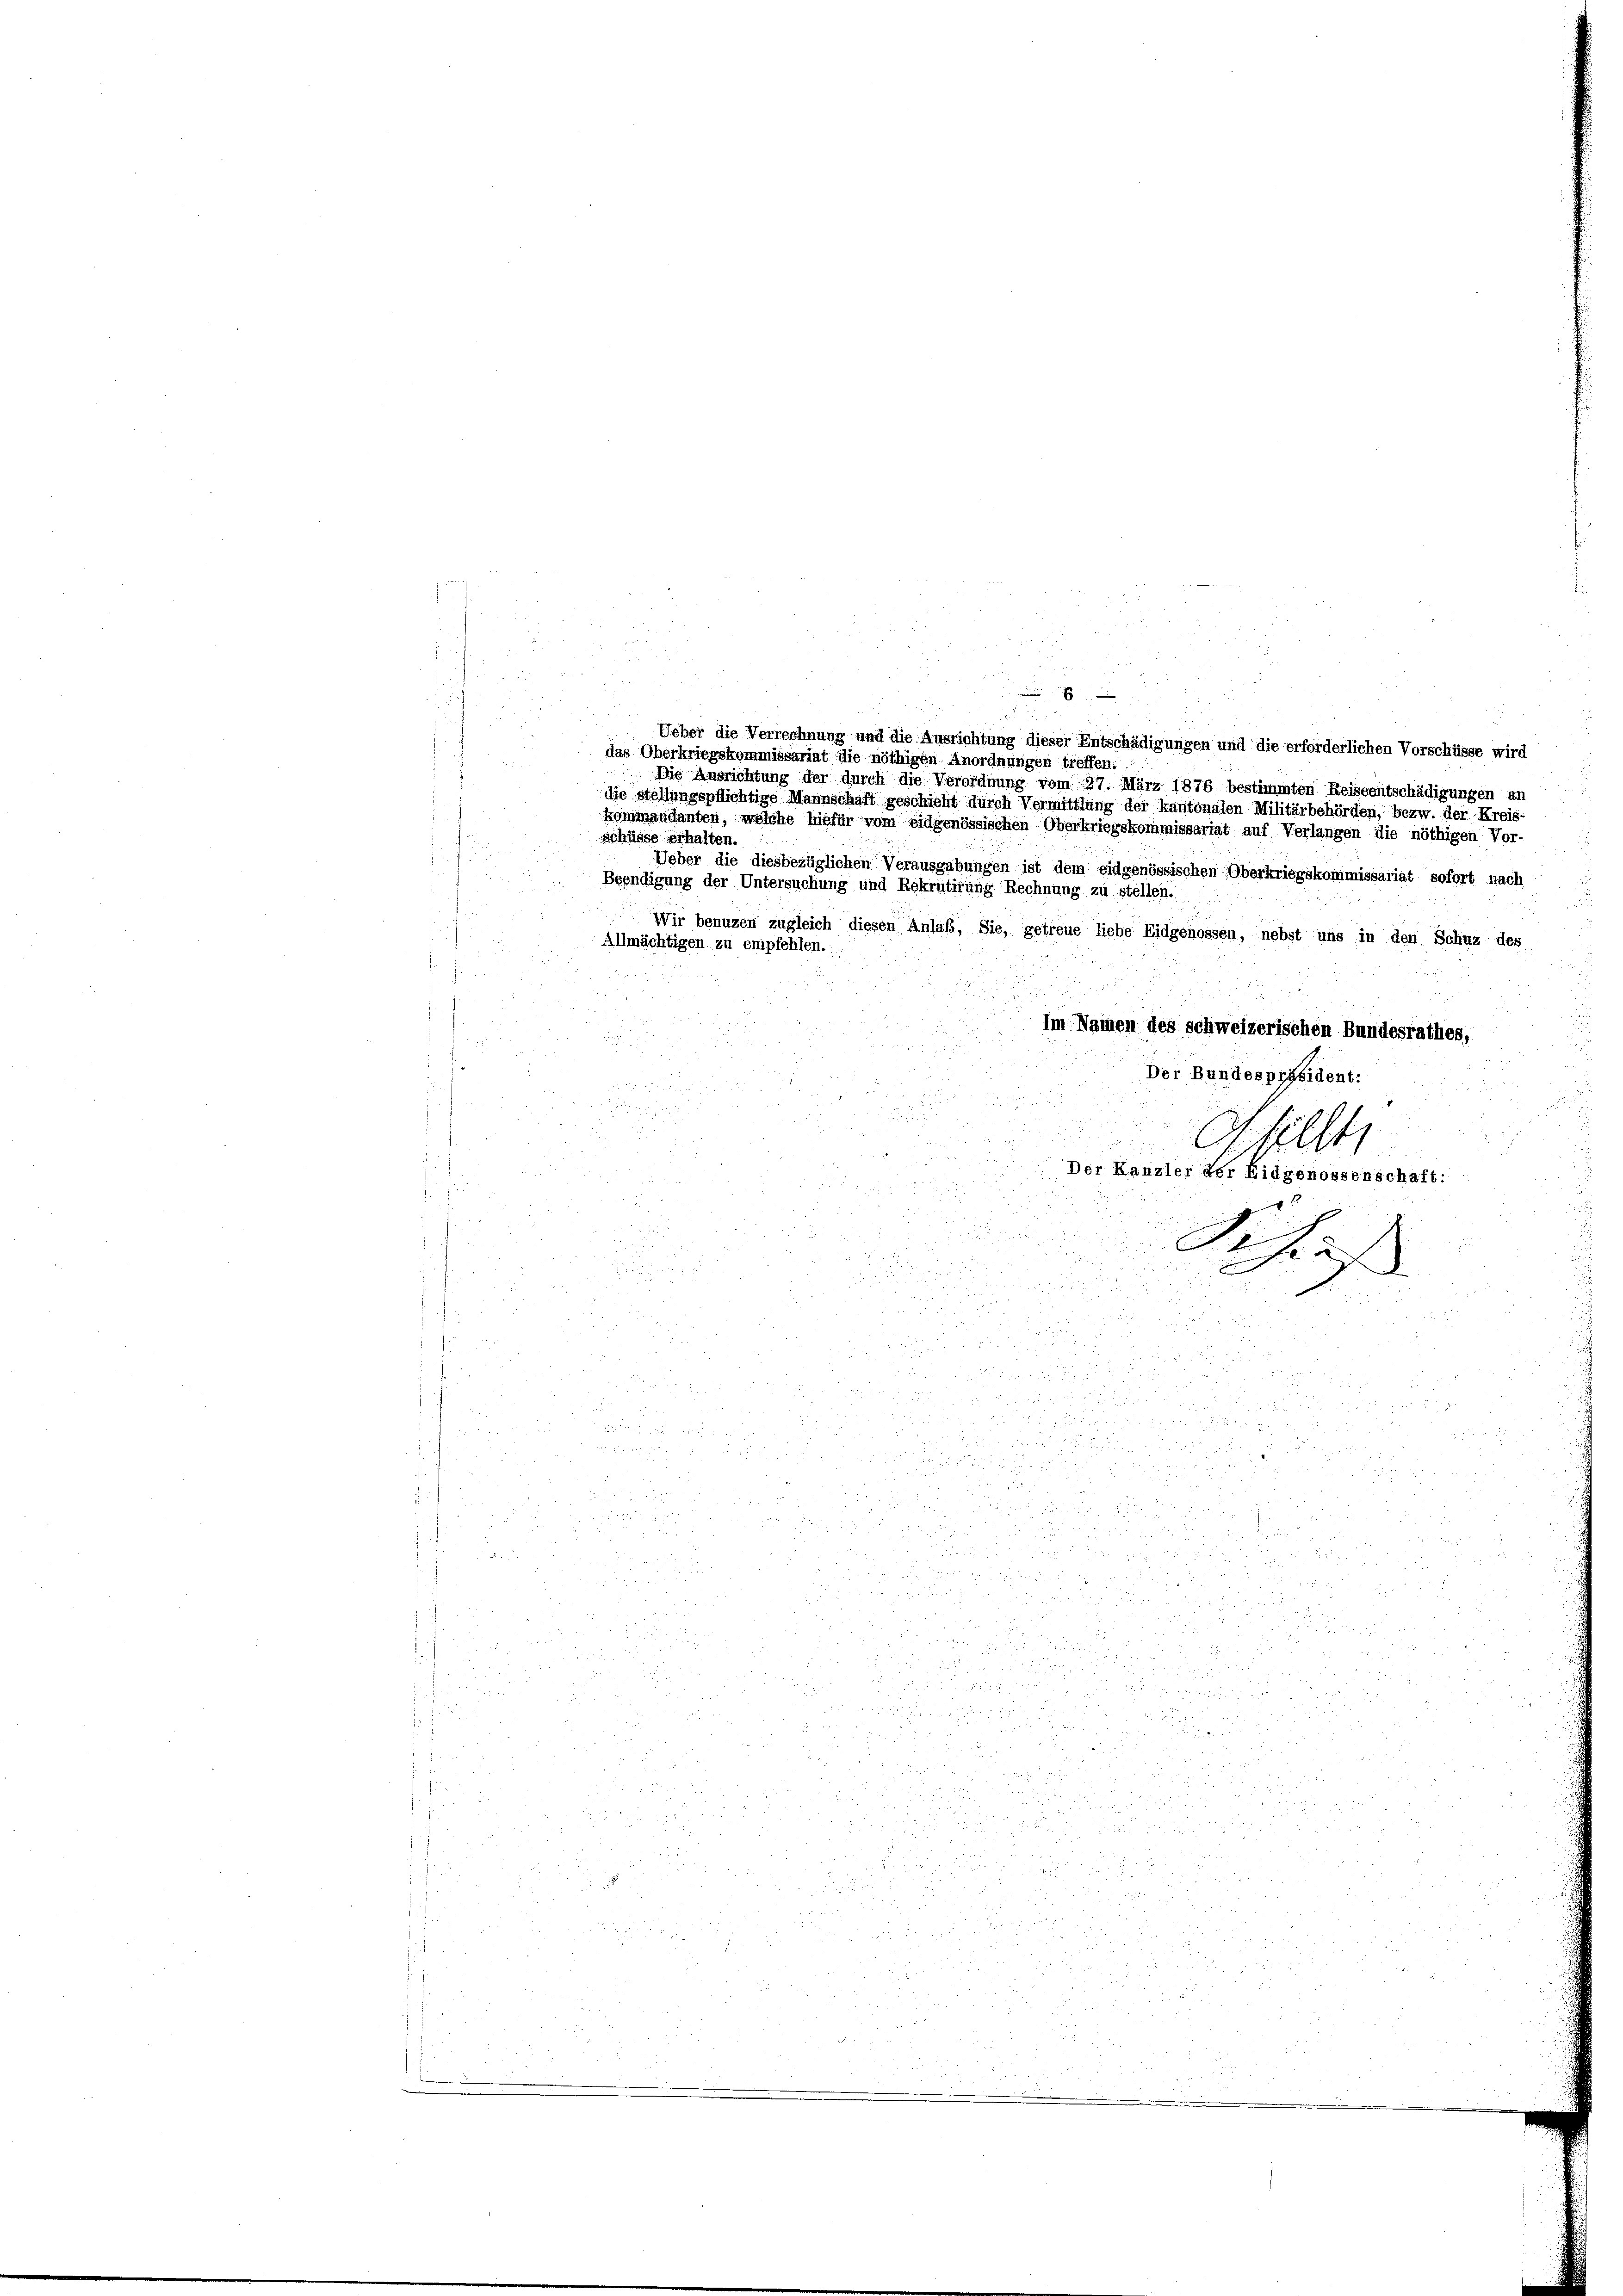
Ueber die Verrechnung und die Ausrichtung dieser Entschädigungen und die erforderlichen Vorschüsse wird
Die Ausrichtung der durch die Verordnung vom 27. März 1876 bestimmten Reiseentschädigungen an
die stellungspflichtige Mannschaft geschieht durch Vermittlung der kantonalen Militärbehörden, bezw. der Kreis-
kommandanten, welche hiefür vom eidgenössischen Oberkriegskommissariat auf Verlangen die nöthigen Vor-
schüsse erhalten.
Ueber die diesbezüglichen Verausgabungen ist dem eidgenössischen Oberkriegskommissariat sofort nach
Beendigung der Untersuchung und Rekrutirung Rechnung zu stellen.
Wir benuzen zugleich diesen Anlaß, Sie, getreue liebe Eidgenossen, nebst uns in den Schuz des
Allmächtigen zu empfehlen.
Im Namen des schweizerischen Bundesrathes,
Der Bundespräsident:
Apill
Der Kanzler der Eidgenossenschaft:
2

i
2
Asaf

85

u

2

 2

5
 2

.1.18
.
  2 x 2 2

5
.
2
d
u

u

.

crire
d
31
 er de
3

r

das Oberkriegskommissariat die nöthigen Anordnungen treffen.